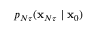
p _ { N \tau } ( \mathbf { x } _ { N \tau } \mid \mathbf { x } _ { 0 } )